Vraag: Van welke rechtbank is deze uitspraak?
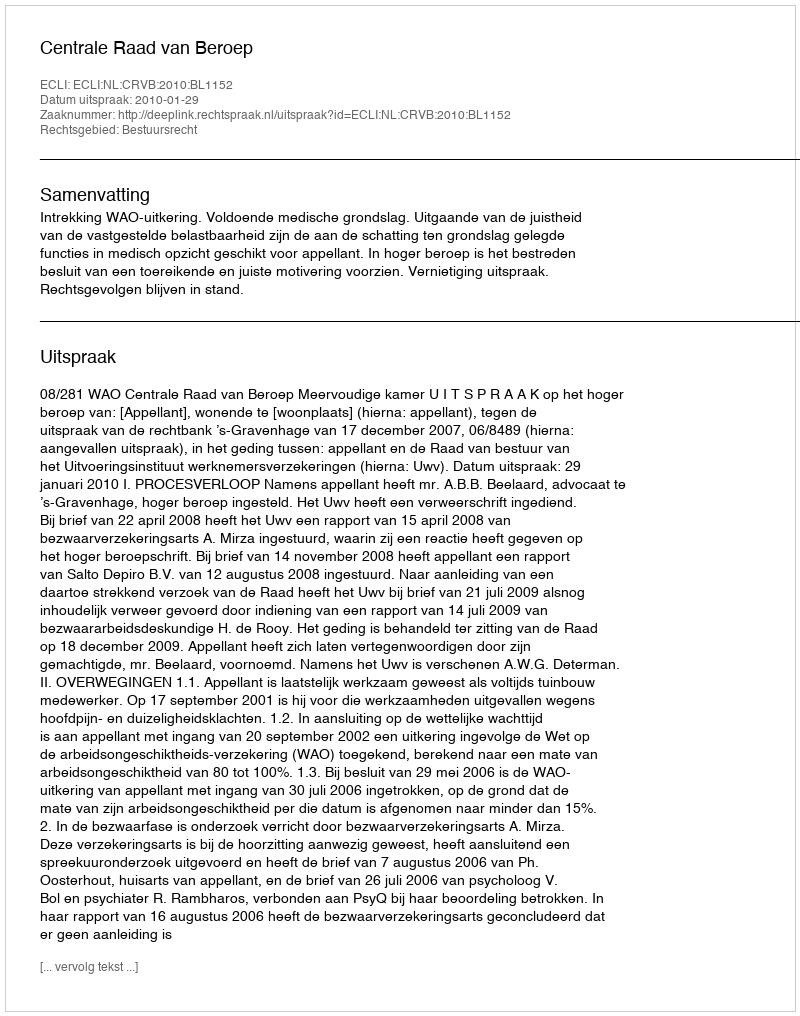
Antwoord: Centrale Raad van Beroep